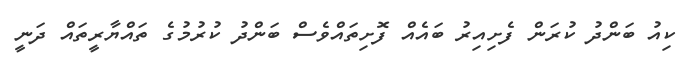
ކިއު ބަންދު ކުރަން ފެށިއިރު ބައެއް ފޮށިތައްވެސް ބަންދު ކުރުމުގެ ތައްޔާރީތައް ދަނީ